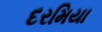
દરમિયા